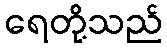
ရေတို့သည်